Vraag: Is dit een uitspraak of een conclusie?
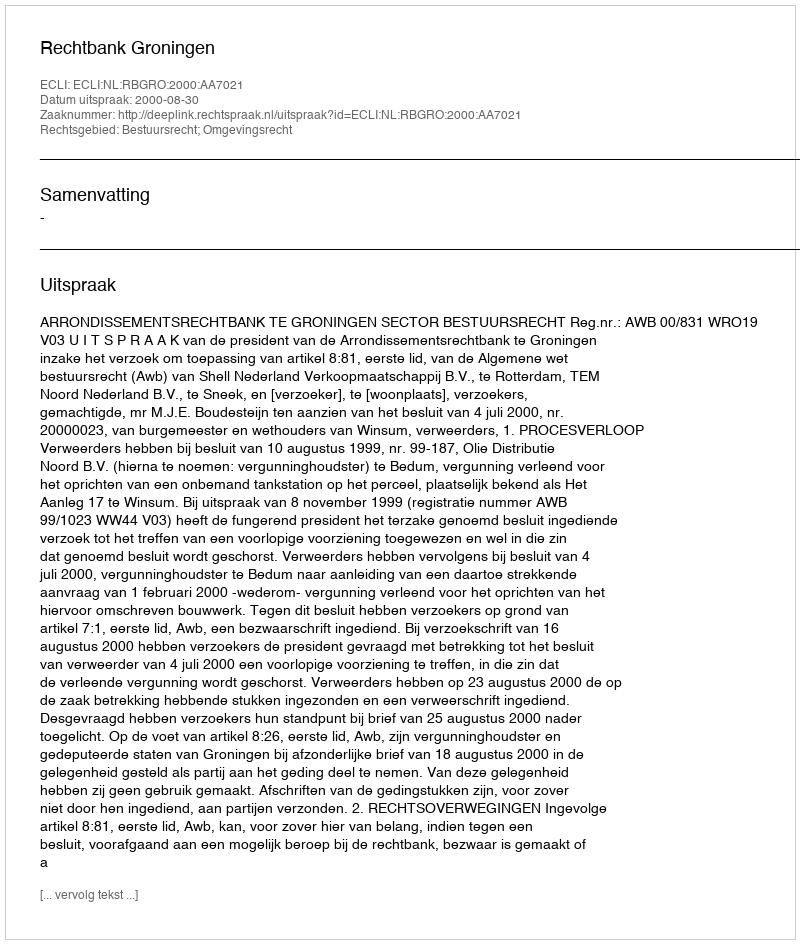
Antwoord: Uitspraak